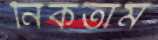
নিকতাম